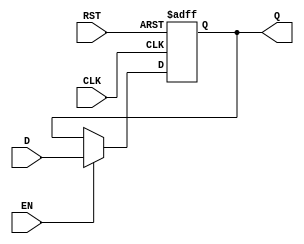
module stage_register (
    input wire CLK,      // Clock signal
    input wire RST,      // Asynchronous reset signal
    input wire EN,       // Enable signal
    input wire [N-1:0] D, // Data input (N-bit wide)
    output reg [N-1:0] Q  // Data output (N-bit wide)
);
    parameter N = 8; // Width of the data bus, can be adjusted as needed

    // Always block triggered on the clock edge or reset
    always @(posedge CLK or posedge RST) begin
        if (RST) begin
            Q <= {N{1'b0}}; // Reset output to 0
        end else if (EN) begin
            Q <= D; // Capture data on enable
        end
        // If EN is low, Q retains its previous value
    end
endmodule